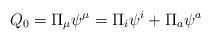
LaTeX: \begin{align*}Q_0=\Pi _\mu \psi ^\mu =\Pi _i\psi ^i+\Pi _a\psi ^a \end{align*}